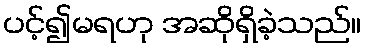
ပင့်၍မရဟု အဆိုရှိခဲ့သည်။